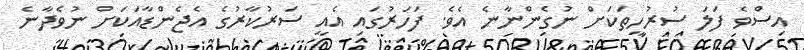
އިސްވެ ފަލަ ސުރުހީތަކަށް ނުގެންނާނެ އެވެ. ފަހަރުގައި އެއީ ސަރުކާރުގެ އެޖެންޑާއަކަށް ނުވެދާނެ